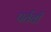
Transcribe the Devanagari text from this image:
पर्तवी